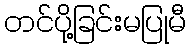
တင်ပို့ခြင်းမပြုမီ